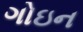
ગોઇન